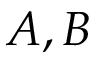
A , B